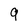
Character: 9